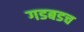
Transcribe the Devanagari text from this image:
गडबडच